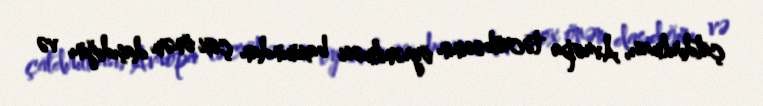
çatdırılması, Avropa təcrübəsinin öyrənilməsi baxımından çox önəm daşıdığını və